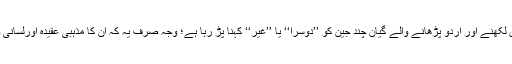
(یہ تاریخ اور سیاست کا المیہ ہے کہ تمام عمر اُردو میں لکھنے اور اُردو پڑھانے والے گیان چند جین کو ’’دوسرا‘‘ یا ’’غیر‘‘ کہنا پڑ رہا ہے؛ وجہ صرف یہ کہ ان کا مذہبی عقیدہ اورلسانی و تہذیبی نقطۂ نظر اُردو لکھنے پڑھنے والوں کی غالب۔